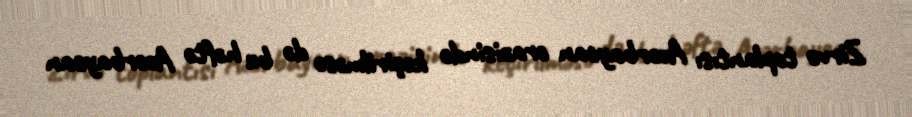
Zirvə toplantısı Azərbaycan ərazisində keçirilməsə də bu həftə Azərbaycan